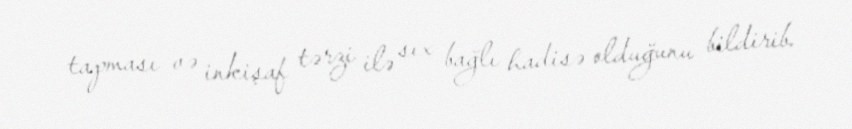
tapması və inkişaf tərzi ilə sıx bağlı hadisə olduğunu bildirib.